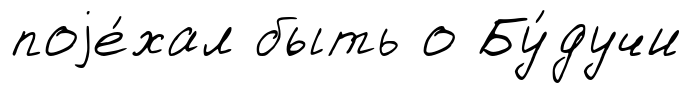
поjе́хал быть о Бу́дучи